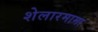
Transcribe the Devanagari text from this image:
शेलारमामा